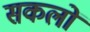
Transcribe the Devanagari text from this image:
सकलों